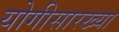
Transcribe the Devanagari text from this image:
योगीसारख्या